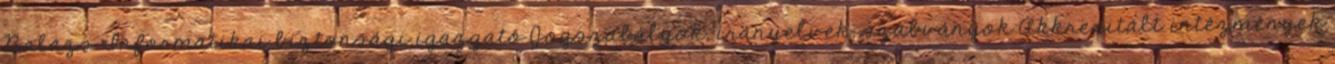
Balázs Informatikai biztonsági igazgató Jogszabályok, irányelvek, szabványok Akkreditált intézmények